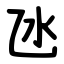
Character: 氹